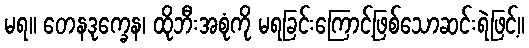
မရ။ တေနဒုက္ခေန၊ ထိုဘီးအစုံကို မရခြင်းကြောင့်ဖြစ်သောဆင်းရဲဖြင့်။